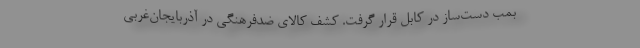
بمب دست‌ساز در کابل قرار گرفت. کشف کالای ضدفرهنگی در آذربایجان‌غربی